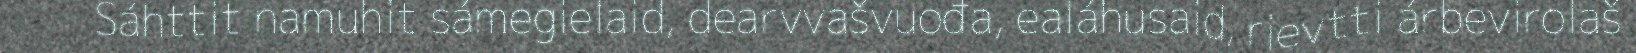
Sáhttit namuhit sámegielaid, dearvvašvuođa, ealáhusaid, rievtti árbevirolaš